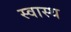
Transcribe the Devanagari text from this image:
स्‍वास्‍थ